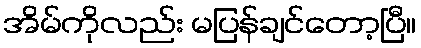
အိမ်ကိုလည်း မပြန်ချင်တော့ပြီ။